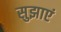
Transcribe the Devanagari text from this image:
सुझाएं